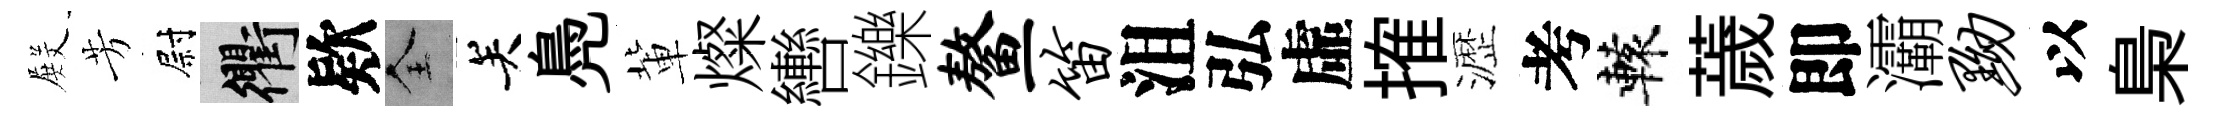
𭮺芳尉衢欵全关鳧軰燦轡鑠鳌笛沮弘虛搉瀝考轅薉即灞黝以梟